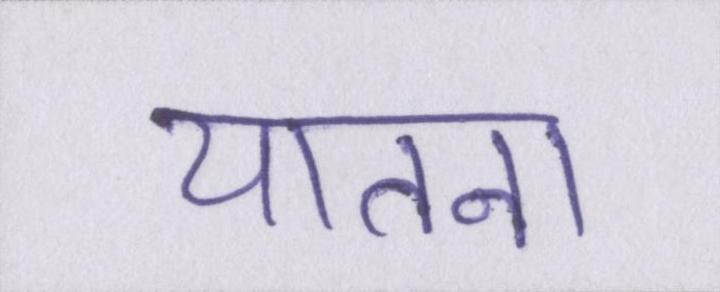
यातना